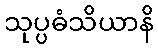
သုပ္ပဓံသိယာနိ